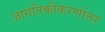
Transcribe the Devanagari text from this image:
जागतिकीकरणोत्तर